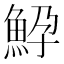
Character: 䱆